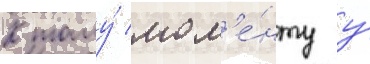
К тому́ мом'е́нту у́